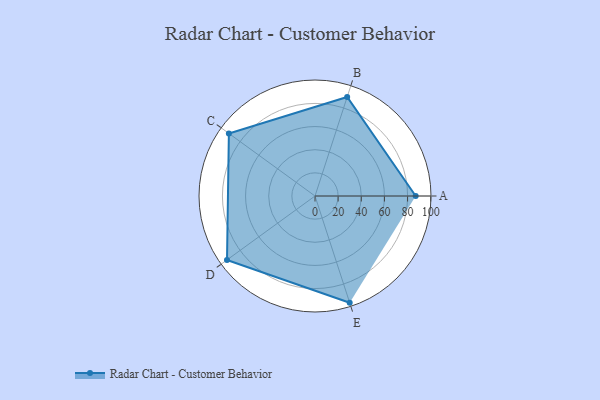
{"axis": {"x": "Skill", "y": "Score"}, "legend": ["Profile"], "data": [{"x": "A", "y": 87.0, "type": "Profile"}, {"x": "B", "y": 90.0, "type": "Profile"}, {"x": "C", "y": 92.0, "type": "Profile"}, {"x": "D", "y": 94.0, "type": "Profile"}, {"x": "E", "y": 97.0, "type": "Profile"}]}